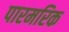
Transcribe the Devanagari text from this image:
पारमरिक